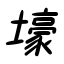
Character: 壕